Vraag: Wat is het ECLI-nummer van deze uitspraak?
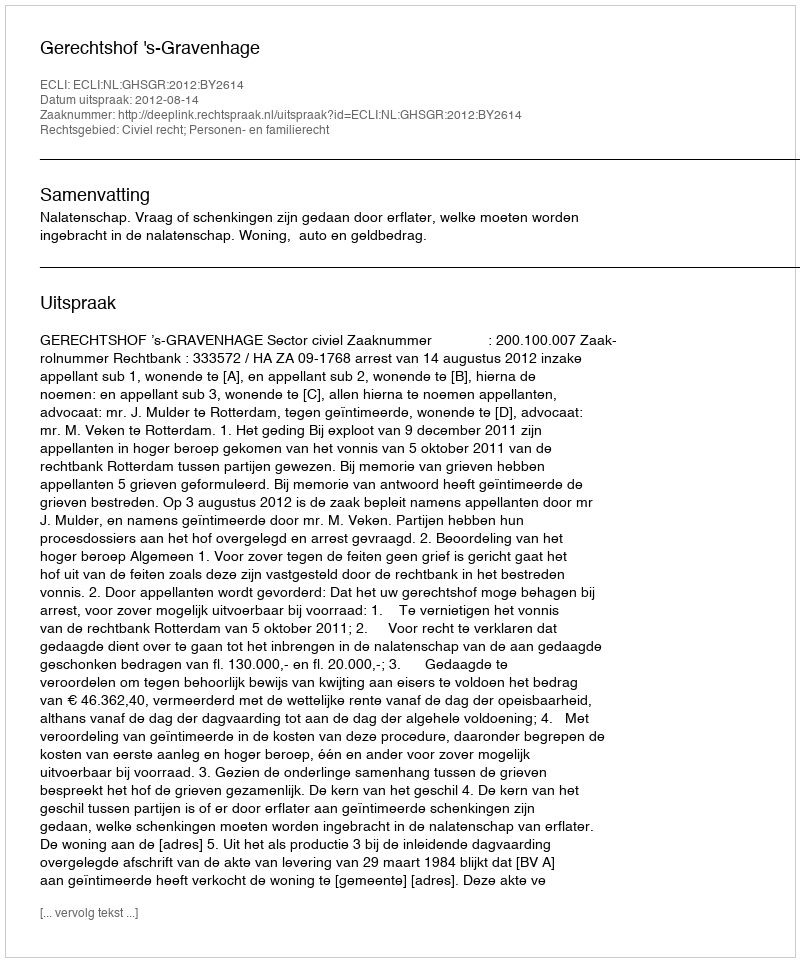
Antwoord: ECLI:NL:GHSGR:2012:BY2614